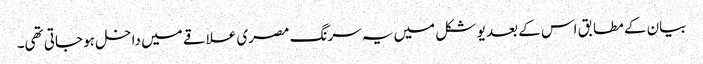
بیان کے مطابق اس کے بعد یو شکل میں یہ سرنگ مصری علاقے میں داخل ہو جاتی تھی۔